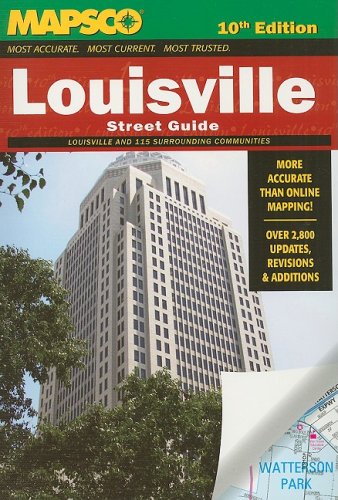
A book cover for Mapsco Louisville Street Guide 10th (MAPSCO Street Guide); MAPSCO; Travel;